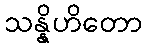
သန္နိဟိတော